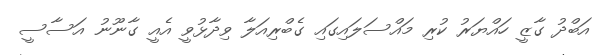
އަބްދު ގާޒީ ހައްޔަރު ކުރި މައްސަލައިގައި ގެބްރިއަލާ ވިދާޅުވީ އެއީ ގާނޫނު އަސާސީ